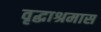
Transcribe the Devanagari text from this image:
वृद्धाश्रमास